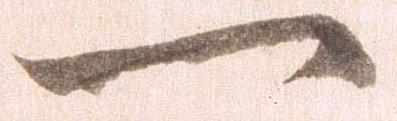
一